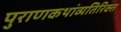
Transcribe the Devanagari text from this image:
पुराणकथांव्यतिरिक्त